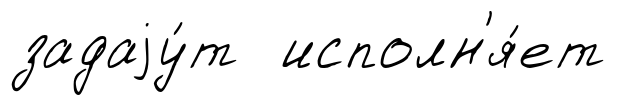
задаjу́т исполн'я́ет